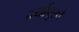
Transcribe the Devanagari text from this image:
दर्यापूरचे